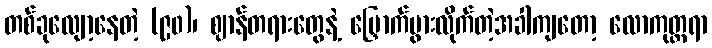
တစ်ခုလျော့နေတဲ့ (၉၀)၊ ဈာန်တရားတွေနဲ့ မြှောက်ပွားလိုက်တဲ့အခါကျတော့ လောကုတ္တရာ